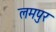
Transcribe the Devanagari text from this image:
लमपुर